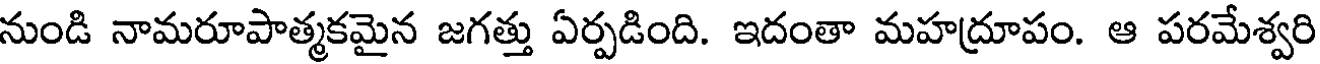
నుండి నామరూపాత్మకమైన జగత్తు ఏర్పడింది. ఇదంతా మహద్రూపం. ఆ పరమేశ్వరి